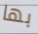
بها